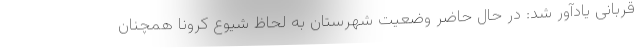
قربانی یادآور شد: در حال حاضر وضعیت شهرستان به لحاظ شیوع کرونا همچنان